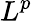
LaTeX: L^{p}